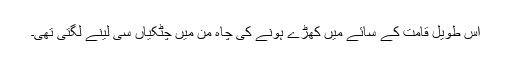
اس طویل قامت کے سائے میں کھڑے ہونے کی چاہ من میں چٹکیاں سی لینے لگتی تھی۔